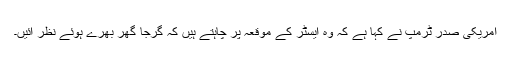
امریکی صدر ٹرمپ نے کہا ہے کہ وہ ایسٹر کے موقعہ پر چاہتے ہیں کہ گرجا گھر بھرے ہوئے نظر آئیں۔